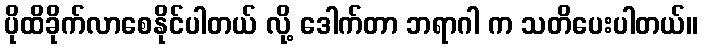
ပိုထိခိုက်လာစေနိုင်ပါတယ် လို့ ဒေါက်တာ ဘရာဂါ က သတိပေးပါတယ်။